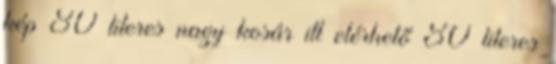
kép 80 literes nagy kosár itt elérhető 80 literes